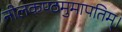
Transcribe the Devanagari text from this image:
नीलकण्ठमुमापतिम्।